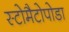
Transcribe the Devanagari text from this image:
स्टोमैटोपोडा